Vital statistics of India. Vol. IV, Annual returns from 1871 to 1876. British Army of India, Native Army and jails of Bengal
Year: 1871
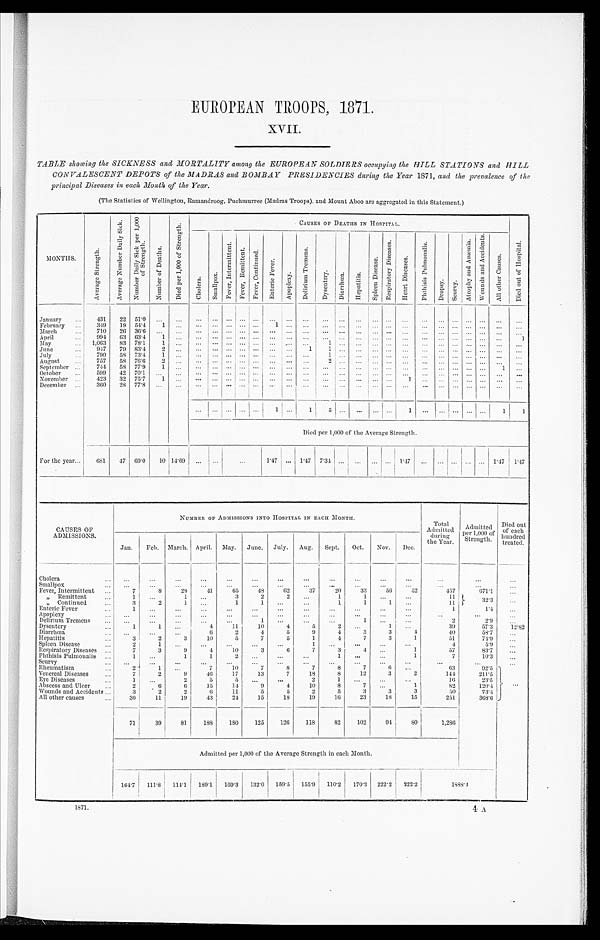
EUROPEAN TROOPS, 1871.
XVII .
TABLE showing the SICKNESS and MORTALITY among the EUROPEAN SOLDIERS occupying the HILL STATIONS and HILL
CONVALESCENT DEPOTS of the MADRAS and BOMBAY PRESIDENCIES during the Year 1871 , and the prevalence of the
principal Diseases in each Month of the Year.
(The Statistics of Wellington, Ramandroog, Puchmurree (Madras Troops), and Mount Aboo are aggregated in this Statement.)
MONTHS.
A v e r a g e S t r e n g t h .
A v e r a g e N u m b e r D a i l y S i c k .
Nu mb e r Da i l y S i c k p e r 1 , 0 0 0
of Strength.
N u m b e r o f D e a t h s .
D i e d p e r 1 , 0 0 0 o f S t r e n g t h .
CAUSES OF DEATHS IN HOSPITAL.
D i e d o u t o f H o s p i t a l .
Chol er a. Smal l pox.
F e v e r , I n t e r mi t t e n t .
F e v e r , R e m i t t e n t .
F e v e r , Co n t i n u e d .
En t e r i c F e v e r .
Ap o p l e x y .
D e l i r i u m T r e me n s .
Dysentery.
Di arrhœa.
H e p a t i t i s .
S p l e e n Di s e a s e .
He a r t Di s e a s e .
P h t h i s i s P u l m o n a l i s .
Dropsy.
Scurvy.
A t r o p h y a n d A n æ m i a .
Wo u n d s a n d A c c i d e n t s .
A l l o t h e r C a u s e s .
January
...
4 3 1
2 2
5 1 . 0
. . .
. . .
. . .
. . .
. . .
. . .
...
. . .
. . .
. . .
. . .
. . .
. . .
. . .
. . .
. . .
. . .
. . .
. . .
. . .
...
...
. . .
February
...
349
19
54.4
1
. . .
. . .
. . . ...
. . . ...
1 ...
. . . ... ...
. . . ... ...
. . .
. . .
. . .
. . . ... ... ...
...
M arch
710
26
36.6
...
...
. . .
. . .
. . .
. . .
...
. . .
. . .
. . .
. . .
. . . ...
. . . . . .
...
. . .
... ...
. . .
. . .
. . .
April
994
63
63.4
1
. . .
. . .
. . . ...
. . . ...
. . .
. . . ...
. . .
. . .
. . .
. . .
. . .
. . .
. . .
. . .
. . .
. . .
. . .
. . .
1
May
...
1,063
83
78.1
1
. . .
. . .
. . .
. . .
. . .
...
. . .
. . .
. . .
1
. . .
. . .
. . . . . .
. . .
...
... ...
... ...
...
...
J un e
947
79
83.4
2
. . .
. . .
. . .
. . .
. . .
...
. . .
. . .
1
1
. . .
. . .
. . . . . . ...
. . . ... ... ...
. . .
. . .
. . .
July
790
58 73.4
1
...
. . . ... ... ... ...
...
. . .
. . .
1
. . .
. . .
. . .
. . .
. . .
...
. . . ...
...
...
...
...
August
757
58
76.6
2
. . .
. . . ...
... ... ...
...
...
. . .
2
. . .
. . .
. . . . . .
. . .
...
...
. . .
. . .
. . .
. . .
. . .
September ...
744
58
77.9
1
. . . ...
...
... ... ...
. . .
. . .
. . .
. . .
. . .
. . .
. . .
. . .
. . .
...
. . .
. . .
. . .
. . .
1
. . .
October
...
599
42
70.1
...
...
. . .
. . . ...
. . .
...
. . .
. . . ...
. . . ...
. . .
. . .
. . .
. . .
. . .
. . .
. . .
. . .
. . .
. . .
. . .
N ovemb er ...
423
32
75.7
1
. . .
. . .
. . .
. . .
. . .
...
. . .
. . .
. . .
. . . ...
...
. . .
. . .
1
. . .
. . .
. . .
. .
. . .
. . .
. . .
December
...
360
28
77.8
. . .
...
. . .
. . .
. . .
. . .
... ...
...
. . .
. . .
. . .
. . .
. . .
...
...
...
...
...
. . .
. . .
. . .
. . .
. . .
. . . ... ...
...
1 ...
1
5
. . . ... ... ...
1 ...
. . .
...
. . .
. . .
1
1
Died per 1,000 of the Average Strength.
For the year...
681
47
69.0
10 14.69
...
...
...
1.47 ...
1.47
7.34 ...
...
... ...
1.47
...
... ...
...
. . . 1.47
1.47
CAUSES OF
ADMISSIONS.
NUMBER OF ADMISSIONS INTO HOSPITAL IN EACH MONTH.
T o t a l A d m i t t e d d u r i n g t h e y e a r .
A d m i t t e d p e r 1 , 0 0 0 o f S t r e n g t h .
D i e d o u t o f e a c h
hundred
treated.
Jan.
Feb. March. April.
May.
June.
July.
Aug.
Sept.
Oct.
Nov.
Dec.
. . .
...
...
...
. . .
...
...
...
...
. . .
...
...
...
. . .
. . .
Cholera
Smallpox
. . .
...
...
...
...
...
...
. . .
...
...
. . .
. . .
. . .
. . .
...
Fever, Intermittent
7
8
28
41
65
48
62
3 7
20
33
56
52
457
671.1
...
, , R e m i t t e n t
1
. . .
1
. . .
3
2
2
. . .
1
1
. . .
...
11
32.3
...
„
Continued
3
2
1
. . .
1
1
. . .
. . .
1
1
1
. . .
11
...
Enteric Fever
...
1
. . .
. . .
. . .
...
...
. . .
. . .
...
. . .
. . .
. . .
1
1.4
...
Apop l exy
. . .
. . .
...
. . .
...
. . .
. . .
. . .
. . .
...
. . .
...
. . .
...
...
Delirium Tremens
...
. . .
...
. . .
. . .
. . .
1
. . .
...
. . .
1
. . .
...
2
2.9
...
39
57.3
12.82
Dysentery
1
1
...
4
11
1 0
4
5
2
. . .
1
. . .
40
58.7
...
Diarrhœa
. . .
. . .
. . .
6
2
4
5
9
4
3
3
4
51
74.9
. . .
Hepatitis
...
3
2
3
10
5
7
5
1
4
7
3
1
4
5.9
...
Spleen Disease
2
1
. . .
...
...
...
...
. . .
. . .
. . .
. . .
. . .
83.7
. . .
1
57
Respiratory Diseases ...
7
3
9
4
10
3
6
7
3
4
...
1
7
10.3
...
Phthisis Pulmonalis ...
1
. . .
1
1
2
. . .
...
. . .
. . .
. . .
. . .
S curv y
...
. . .
...
. . .
. . .
. . .
. . .
. . .
. . .
. . .
. . .
...
. . .
. . .
. . .
...
63
Rheumatism
2
1
. . .
7
10
7
8
7
8
7
6
...
92.5
. . .
Venereal Diseases
...
7
2
9
46
17
13
7
18
8
12
3
2
144
211.5
Eye Diseases
...
1
. . .
2
5
5
. . .
. . .
2
1
. . .
. . .
...
16
23.5
Abscess and Ulcer
...
2
6
6
15
14
9
4
10
8
7
. . .
1
82
120.4
Wounds and Accidents ...
3
2
2
6
11
5
5
2
5
3
3
3
50
73.4
All other causes
30
11
19
43
24
15
18
1 9
1 6
2 3
1 8
1 5
2 5 1
3 6 8 . 6
71
39
81
188
180
125
126
118
82
102
94
8 0
1,286
Admitted per 1,000 of the Average Strength in each Month.
104.7
111.8
114.1
189.1
169.3
132.0
159.5
155.9
110.2
170.3
222.2
222.2
1888.4
1871.
4
A